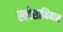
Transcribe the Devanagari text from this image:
स्वदेशाभिमान